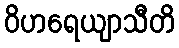
ဝိဟရေယျာသီတိ